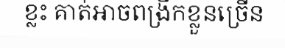
ខ្លះ គាត់អាចពង្រីកខ្លួនច្រើន